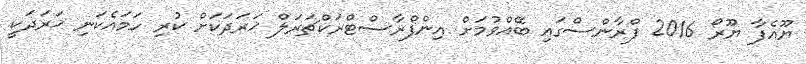
ޔޫއެފާ ޔޫރޯ 2016 ފްރާންސްގައި ބޭއްވުމަށް އިންފްރާސްޓްރަކްޗަރަލް ޚަރަދަކަށް ކުރި ހަމައެކަނި ޚަރަދަކީ